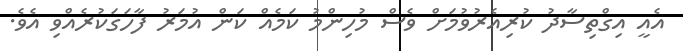
އެއީ އިގްތިސާދު ކުރިއެރުވުމަށް ވެސް މުހިންމު ކަމެއް ކަން އުމަރު ފާހަގަކުރެއްވި އެވެ.